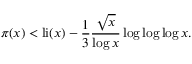
\pi ( x ) < \operatorname { l i } ( x ) - { \frac { 1 } { 3 } } { \frac { \sqrt { x } } { \log x } } \log \log \log x .